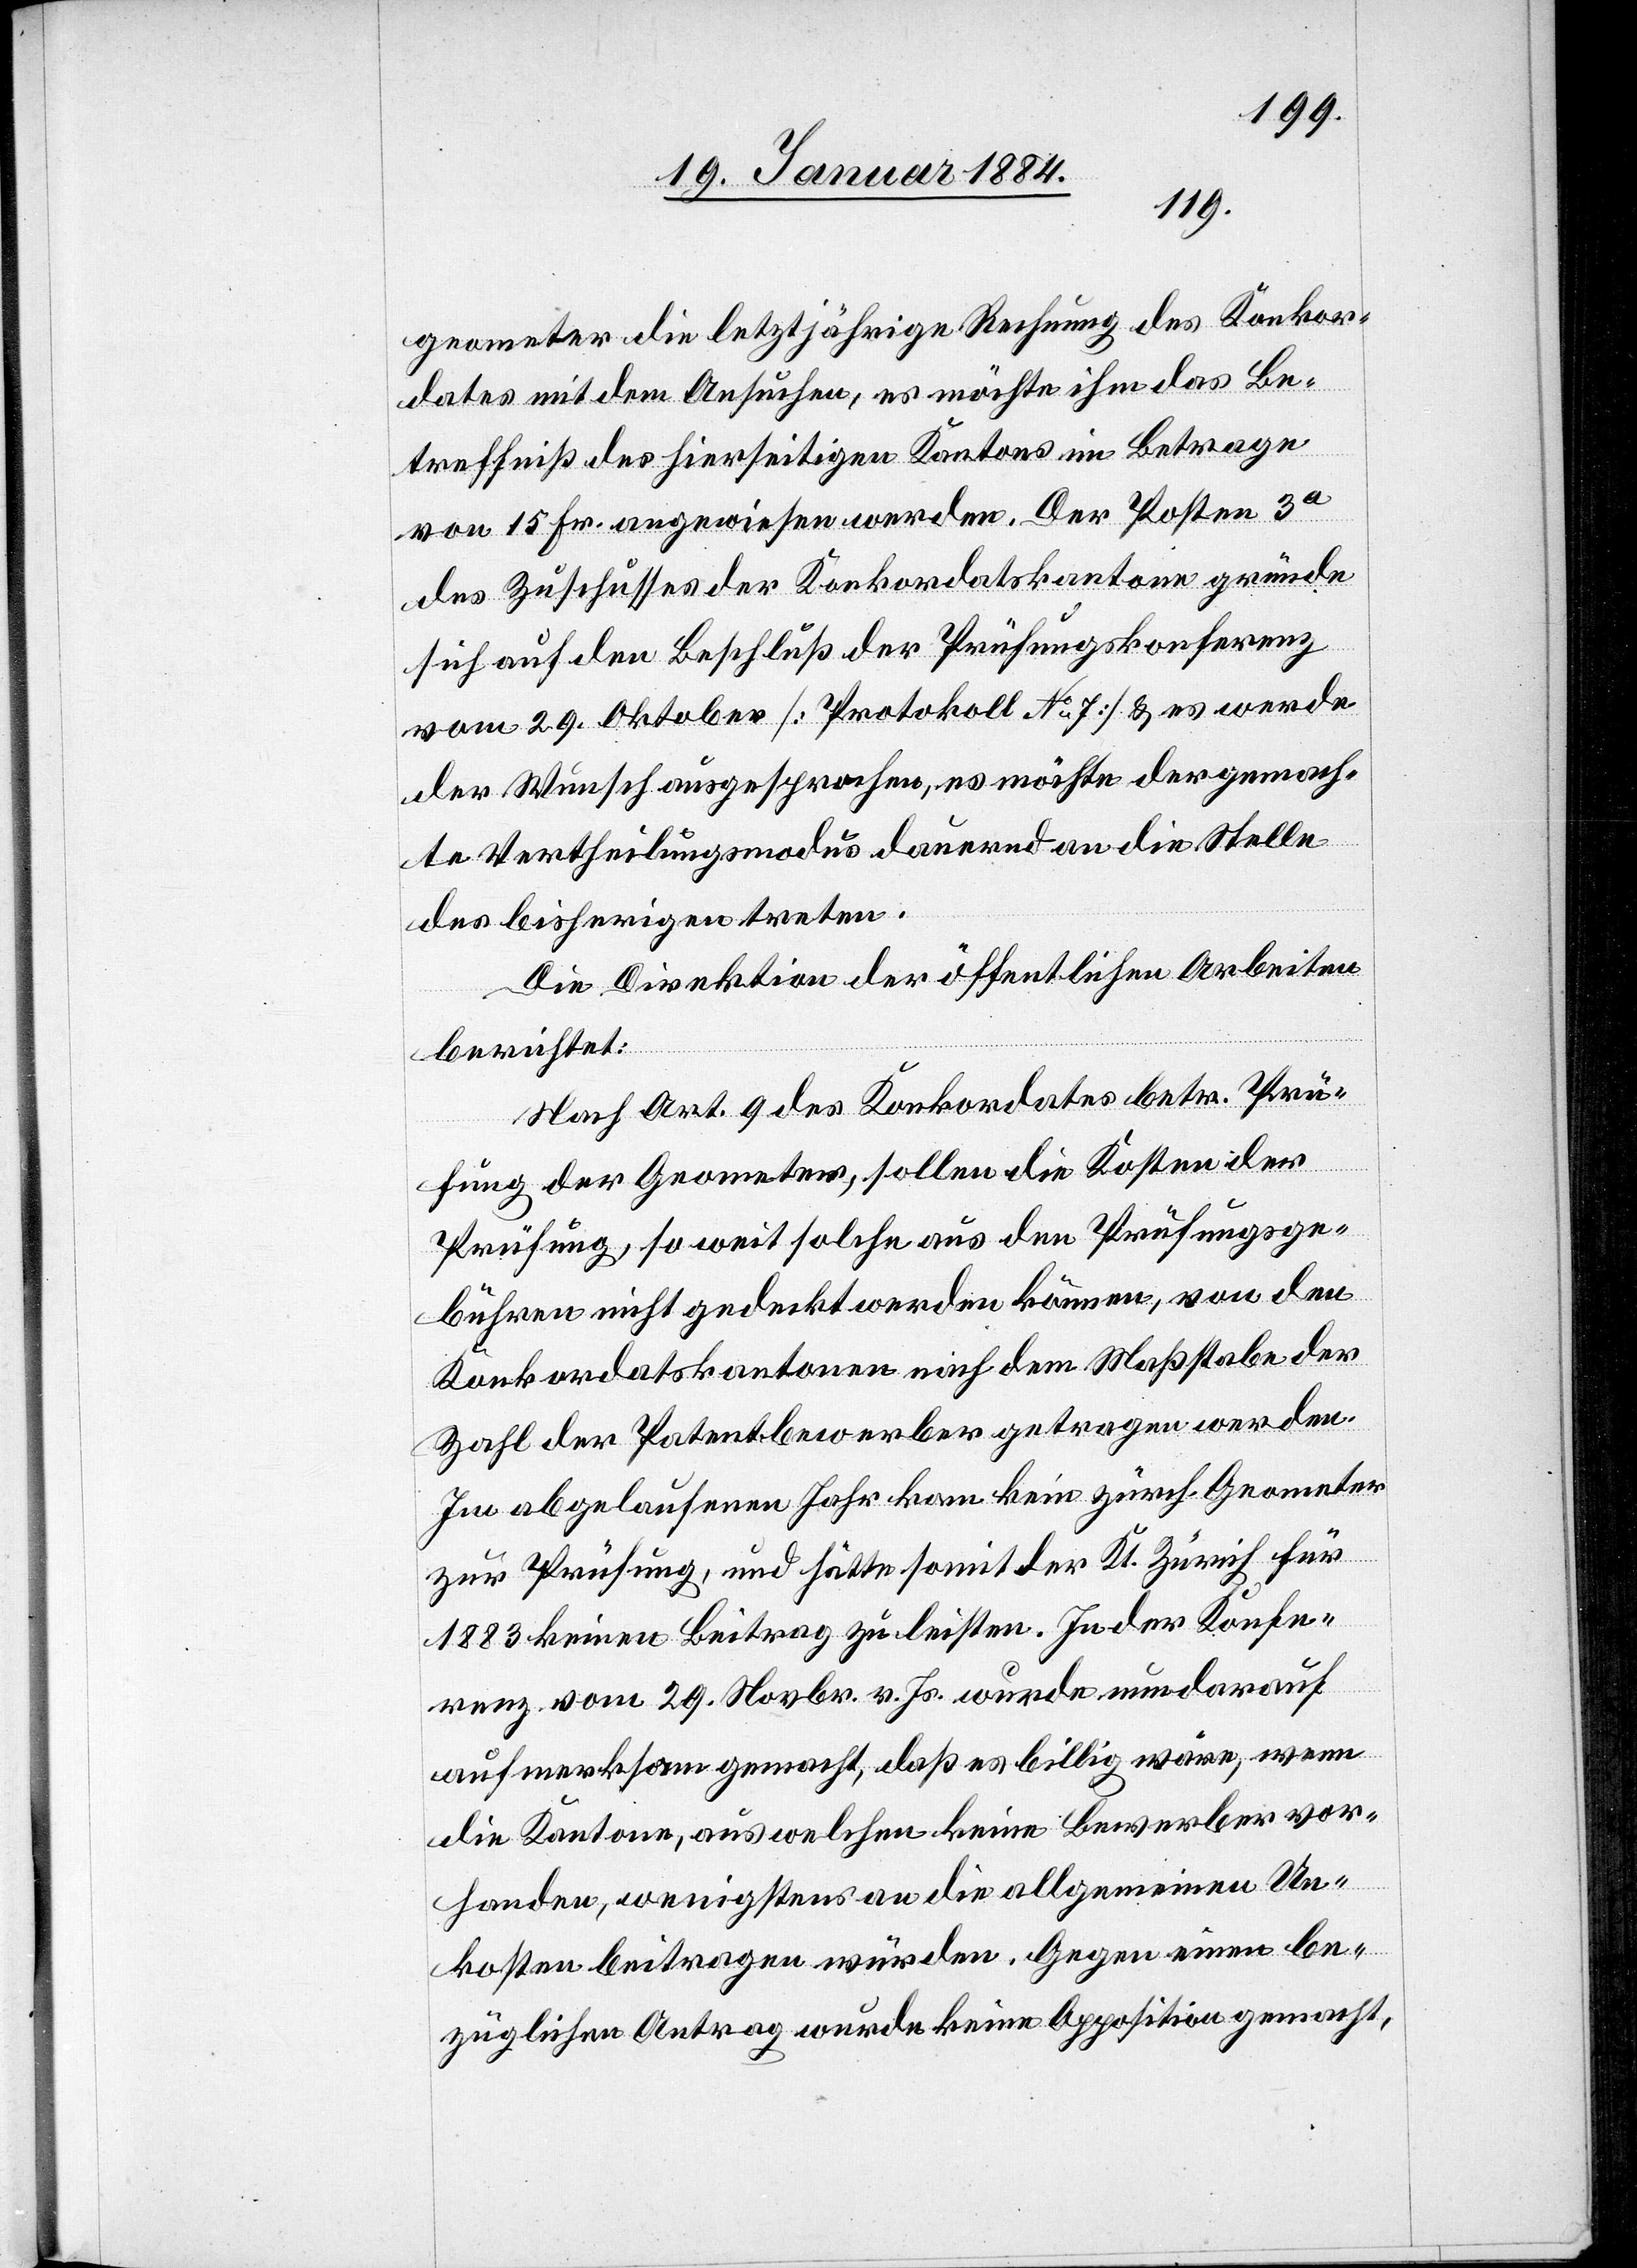
geometer die letztjährige Rechnung des Konkor¬
dates mit dem Ansuchen, es möchte ihm das Be¬
treffniß des hierseitigen Kantons im Betrage
von 15 Fr. angewiesen werden. Der Posten 3a
des Zuschusses der Konkordatskantone gründe
sich auf den Beschluß der Prüfungskonferenz
vom 29. Oktober [Protokoll No 7] & es werde
der Wunsch ausgesprochen, es möchte der gemach¬
te Vertheilungsmodus dauernd an die Stelle
des bisherigen treten.
Die Direktion der öffentlichen Arbeiten
berichtet:
Nach Art. 9 des Konkordates betr. Prü¬
fung der Geometer, sollen die Kosten der
Prüfung, so weit solche aus den Prüfungsge¬
bühren nicht gedeckt werden können, von den
Konkordatskantonen nach dem Maßstab der
Zahl der Patentbewerber getragen werden.
Im abgelaufenen Jahr kam kein zürch. Geometer
zur Prüfung, und hätte somit der Kt. Zürich für
1883 keinen Beitrag zu leisten. In der Konfe¬
renz vom 29. Novbr. v. Js. wurde nun darauf
aufmerksam gemacht, daß es billig wäre, wenn
die Kantone, aus welchen keine Bewerber vor¬
handen, wenigstens an die allgemeinen Un¬
kosten beigetragen würden. Gegen einen be¬
züglichen Antrag wurde keine Apposition gemacht,